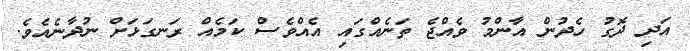
އަދި ދޮގު ހެދުން އާންމު ވެއްޖެ ތަނެއްގައި އެއްވެސް ކަމެއް ރަނގަޅަށް ނުދާނެއެވެ.